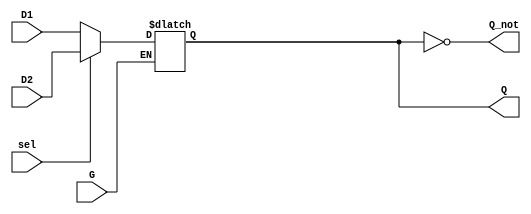
module dual_input_gated_latch (
    input wire D1,         // First Data Input
    input wire D2,         // Second Data Input
    input wire G,          // Gate Control Signal
    input wire sel,        // Selection Control Signal (0 for D1, 1 for D2)
    output reg Q,          // Latch Output
    output wire Q_not      // Inverted Latch Output
);

// Inverting the output for Q'
assign Q_not = ~Q;

// Always block for the latch behavior
always @(G or D1 or D2) begin
    if (G) begin
        if (sel == 0) begin
            Q <= D1;  // Update Q with D1 when sel is 0
        end else begin
            Q <= D2;  // Update Q with D2 when sel is 1
        end
    end
    // If G is low, Q retains its previous state
end

endmodule